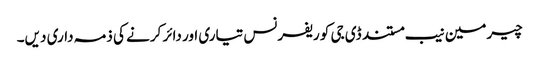
چیرمین نیب مستند ڈی جی کو ریفرنس تیاری اور دائر کرنے کی ذمہ داری دیں۔